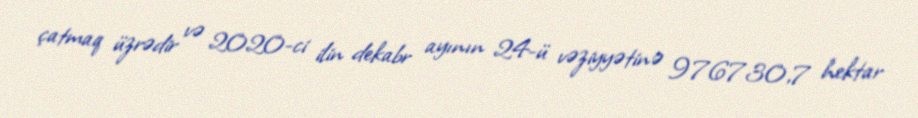
çatmaq üzrədir və 2020-ci ilin dekabr ayının 24-ü vəziyyətinə 976730,7 hektar